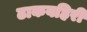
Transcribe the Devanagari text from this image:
ढाकबहिरी